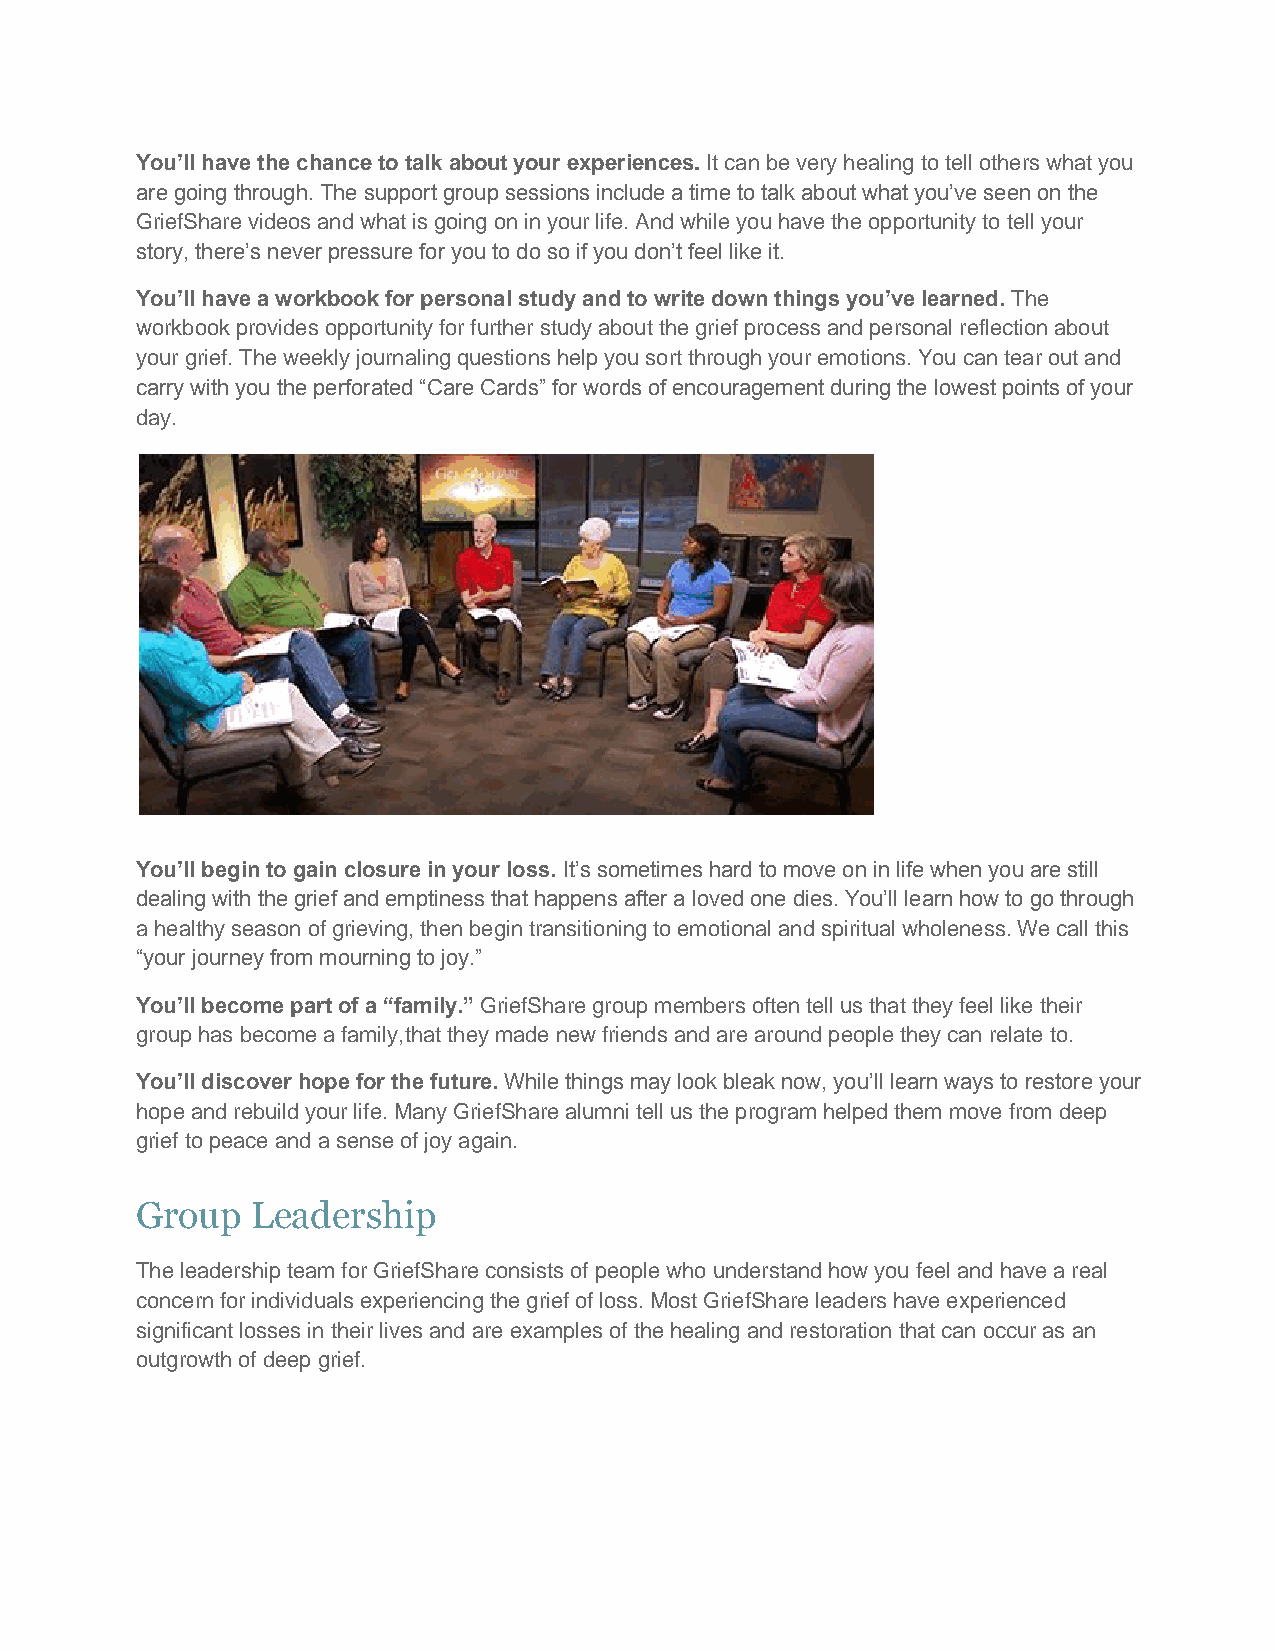
You’ll have the chance to talk about your experiences. It can be very healing to tell others what you
 are going through. The support group sessions include a time to talk about what you’ve seen on the
 GriefShare videos and what is going on in your life. And while you have the opportunity to tell your
 story, there’s never pressure for you to do so if you don’t feel like it.
 You’ll have a workbook for personal study and to write down things you’ve learned. The
 workbook provides opportunity for further study about the grief process and personal reflection about
 your grief. The weekly journaling questions help you sort through your emotions. You can tear out and
 carry with you the perforated “Care Cards” for words of encouragement during the lowest points of your
 day.
 You’ll begin to gain closure in your loss. It’s sometimes hard to move on in life when you are still
 dealing with the grief and emptiness that happens after a loved one dies. You’ll learn how to go through
 a healthy season of grieving, then begin transitioning to emotional and spiritual wholeness. We call this
 “your journey from mourning to joy.”
 You’ll become part of a “family.” GriefShare group members often tell us that they feel like their
 group has become a family,that they made new friends and are around people they can relate to.
 You’ll discover hope for the future. While things may look bleak now, you’ll learn ways to restore your
 hope and rebuild your life. Many GriefShare alumni tell us the program helped them move from deep
 grief to peace and a sense of joy again.
 Group   Leadership
 The leadership team for GriefShare consists of people who understand how you feel and have a real
 concern for individuals experiencing the grief of loss. Most GriefShare leaders have experienced
 significant losses in their lives and are examples of the healing and restoration that can occur as an
 outgrowth of deep grief.